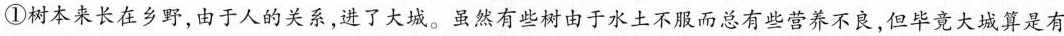
①树木来长在乡野，由于人的关系，进了大城。虽然有些树由于水土不服而总有些营养不良，但毕竟大城算是有